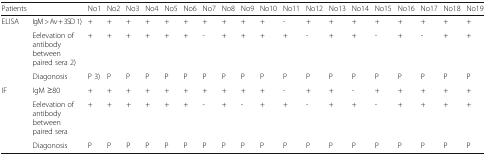
| Patients |  | No1 | No2 | No3 | No4 | No5 | No6 | No7 | No8 | No9 | No10 | No11 | No12 | No13 | No14 | No15 | No16 | No17 | No18 | No19 |
 | --- | --- | --- | --- | --- | --- | --- | --- | --- | --- | --- | --- | --- | --- | --- | --- | --- | --- | --- | --- | --- |
 | <ROWSPAN=3> ELISA | IgM > Av + 3SD 1) | + | + | + | + | + | + | + | + | + | + | - | + | + | + | + | + | + | + | + |
 | Eelevation of antibody between paired sera 2) | + | + | + | + | + | + | - | + | + | + | + | - | + | + | - | + | - | + | + |
 | Diagonosis | P 3) | P | P | P | P | P | P | P | P | P | P | P | P | P | P | P | P | P | P |
 | <ROWSPAN=3> IF | IgM ≥80 | + | + | + | + | + | + | + | + | + | + | - | + | + | - | + | + | + | + | + |
 | Eelevation of antibody between paired sera | + | + | + | + | + | + | - | + | - | + | + | - | + | + | - | + | + | + | + |
 | Diagonosis | P | P | P | P | P | P | P | P | P | P | P | P | P | P | P | P | P | P | P |